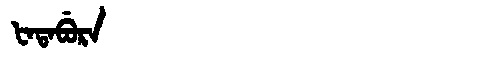
Manchu: ᡶᠠᡨᠠᠪᡠᡵᠠ
Romanization: FATABURA